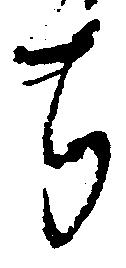
ち